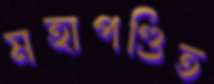
মহাপণ্ডিত